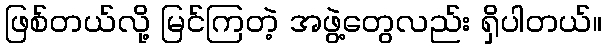
ဖြစ်တယ်လို့ မြင်ကြတဲ့ အဖွဲ့တွေလည်း ရှိပါတယ်။